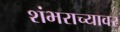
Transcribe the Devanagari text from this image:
शंभराच्यावर